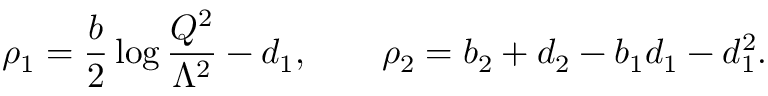
\rho _ { 1 } = \frac { b } { 2 } \log \frac { Q ^ { 2 } } { \Lambda ^ { 2 } } - d _ { 1 } , \qquad \rho _ { 2 } = b _ { 2 } + d _ { 2 } - b _ { 1 } d _ { 1 } - d _ { 1 } ^ { 2 } .